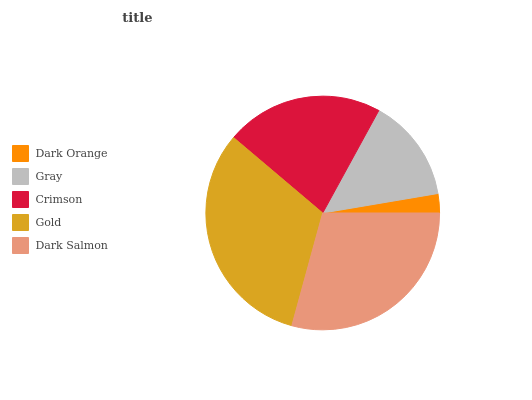
| Dark Orange | Gray | Crimson | Gold | Dark Salmon |
 | --- | --- | --- | --- | --- |
 | 2.66% | 14.4% | 21.8% | 32% | 29.3% |